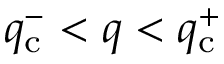
q _ { \mathrm { c } } ^ { - } < q < q _ { \mathrm { c } } ^ { + }